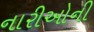
નારીઓની